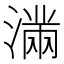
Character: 𭲞